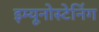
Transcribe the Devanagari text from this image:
इम्यूनोस्टेनिंग